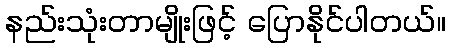
နည်းသုံးတာမျိုးဖြင့် ပြောနိုင်ပါတယ်။